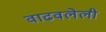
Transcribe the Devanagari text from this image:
वाढवलेली